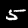
Digit: 5